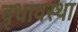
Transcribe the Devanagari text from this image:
वृधावस्था